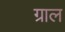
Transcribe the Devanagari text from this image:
ग्राल